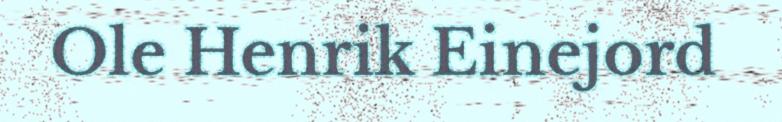
Ole Henrik Einejord